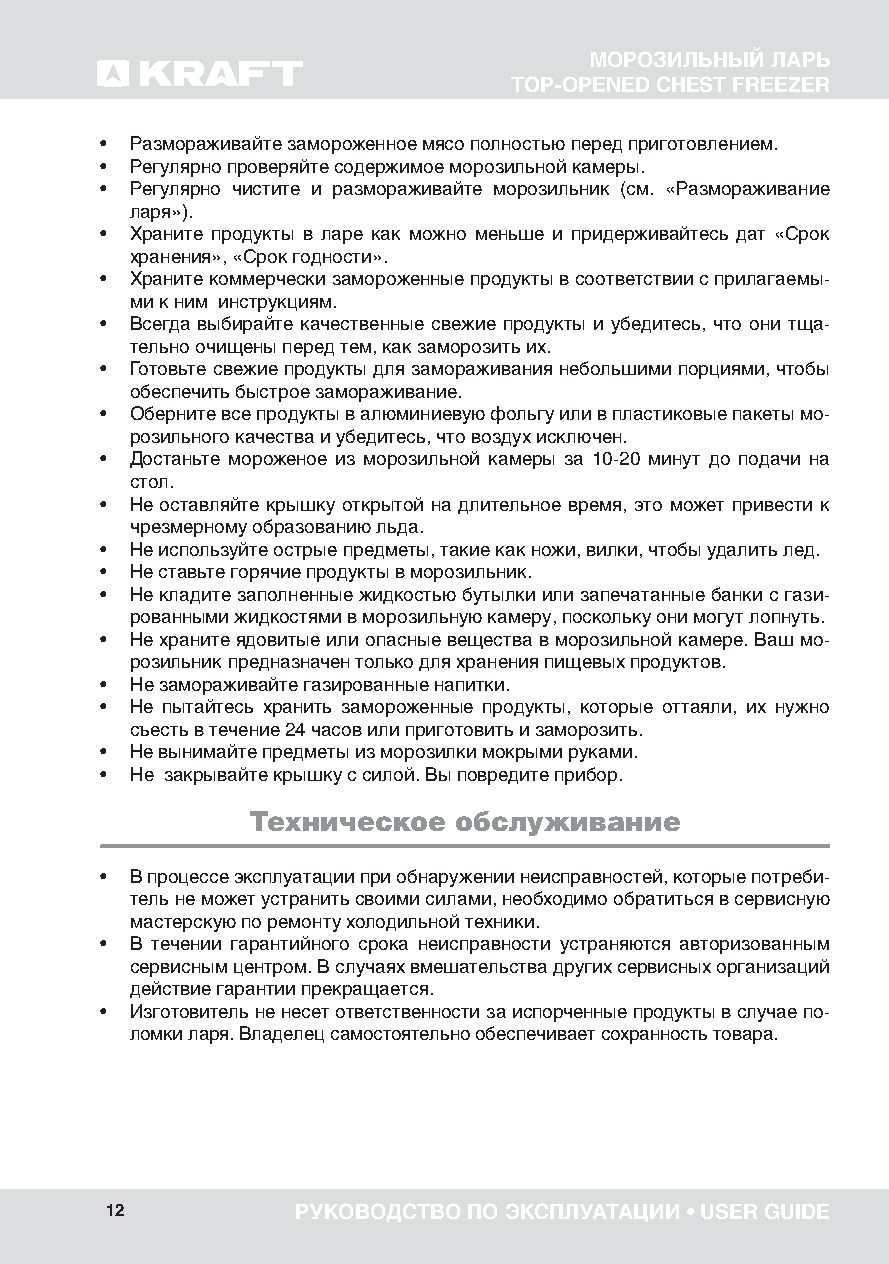
МОРОЗИЛЬНЫЙ ЛАРЬ
 TOP-OPENED CHEST FREEZER
 • Размораживайте замороженное мясо полностью перед приготовлением.
 • Регулярно проверяйте содержимое морозильной камеры.
 • Регулярно чистите и размораживайте морозильник (см. «Размораживание
 ларя»).
 • Храните продукты в ларе как можно меньше и придерживайтесь дат «Срок
 хранения», «Срок годности».
 • Храните коммерчески замороженные продукты в соответствии с прилагаемы-
 ми к ним инструкциям.
 • Всегда выбирайте качественные свежие продукты и убедитесь, что они тща-
 тельно очищены перед тем, как заморозить их.
 • Готовьте свежие продукты для замораживания небольшими порциями, чтобы
 обеспечить быстрое замораживание.
 • Оберните все продукты в алюминиевую фольгу или в пластиковые пакеты мо-
 розильного качества и убедитесь, что воздух исключен.
 • Достаньте мороженое из морозильной камеры за 10-20 минут до подачи на
 стол.
 • Не оставляйте крышку открытой на длительное время, это может привести к
 чрезмерному образованию льда.
 • Не используйте острые предметы, такие как ножи, вилки, чтобы удалить лед.
 • Не ставьте горячие продукты в морозильник.
 • Не кладите заполненные жидкостью бутылки или запечатанные банки с гази-
 рованными жидкостями в морозильную камеру, поскольку они могут лопнуть.
 • Не храните ядовитые или опасные вещества в морозильной камере. Ваш мо-
 розильник предназначен только для хранения пищевых продуктов.
 • Не замораживайте газированные напитки.
 • Не пытайтесь хранить замороженные продукты, которые оттаяли, их нужно
 съесть в течение 24 часов или приготовить и заморозить.
 • Не вынимайте предметы из морозилки мокрыми руками.
 • Не закрывайте крышку с силой. Вы повредите прибор.
 Техническое  обслуживание
 • В процессе эксплуатации при обнаружении неисправностей, которые потреби-
 тель не может устранить своими силами, необходимо обратиться в сервисную
 мас терскую по ремонту холодильной техники.
 • В течении гарантийного срока неисправности устраняются авторизованным
 сервисным центром. В случаях вмешательства других сервисных организаций
 дейст вие гарантии прекращается.
 • Изготовитель не несет ответственности за испорченные продукты в случае по-
 ломки ларя. Владелец самостоятельно обеспечивает сохранность товара.
 12           РУКОВОДСТВО ПО ЭКСПЛУАТАЦИИ • USER GUIDE